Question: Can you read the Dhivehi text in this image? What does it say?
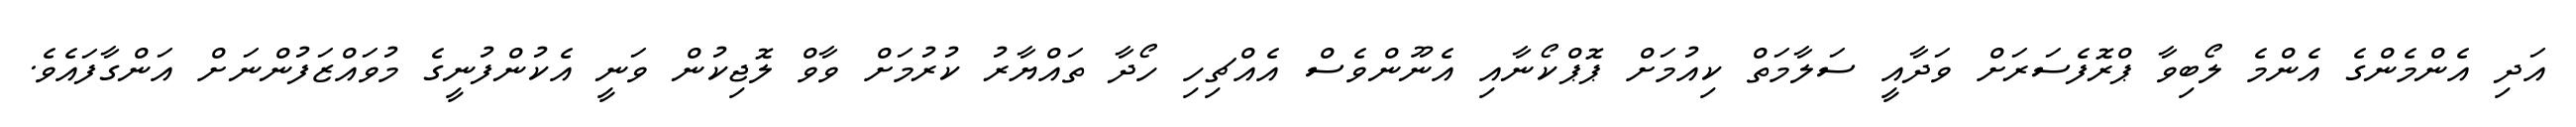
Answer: އަދި އެންމެންގެ އެންމެ ލޯބިވާ ޕްރޮފެސަރަށް ވަދާއީ ސަލާމަތް ކިއުމަށް ޕޮޕްކޯނާއި އެނޫންވެސް އެއްޗިހި ހޯދާ ތައްޔާރު ކުރުމަށް ވާވް ލޮޖިކުން ވަނީ އެކުންފުނީގެ މުވައްޒަފުންނަށް އަންގާފައެވެ.